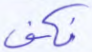
فكف